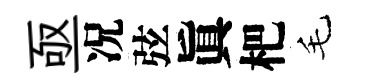
亟况弦眞杷毛